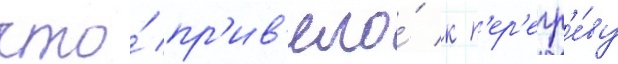
что́ пр'ив'ело́ к п'ер'егр'е́ву